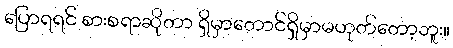
ပြောရရင် စားစရာဆိုတာ ရှိမှာတောင်ရှိမှာမဟုတ်တော့ဘူး။